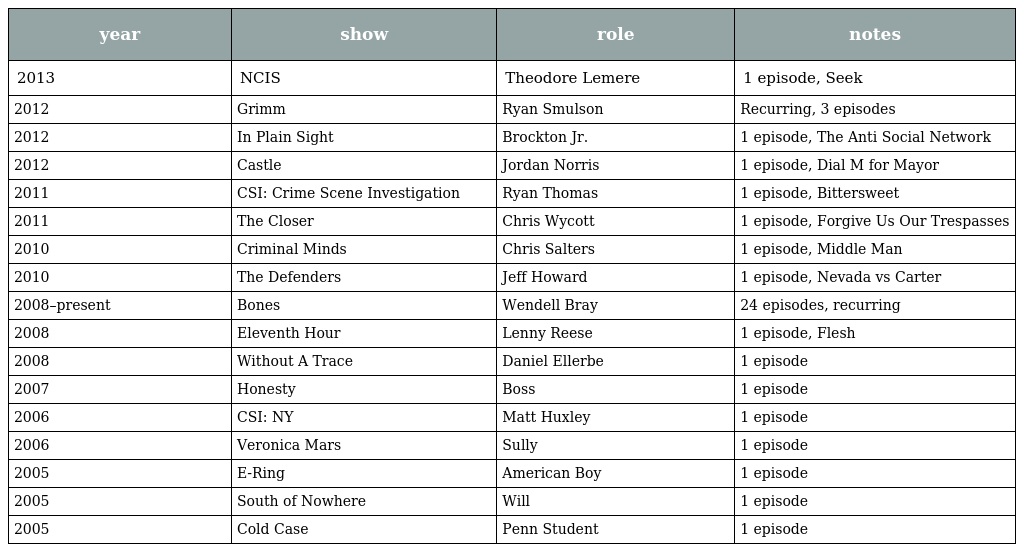
| year | show | role | notes |
 | --- | --- | --- | --- |
 | 2013 | NCIS | Theodore Lemere | 1 episode, Seek |
 | 2012 | Grimm | Ryan Smulson | Recurring, 3 episodes |
 | 2012 | In Plain Sight | Brockton Jr. | 1 episode, The Anti Social Network |
 | 2012 | Castle | Jordan Norris | 1 episode, Dial M for Mayor |
 | 2011 | CSI: Crime Scene Investigation | Ryan Thomas | 1 episode, Bittersweet |
 | 2011 | The Closer | Chris Wycott | 1 episode, Forgive Us Our Trespasses |
 | 2010 | Criminal Minds | Chris Salters | 1 episode, Middle Man |
 | 2010 | The Defenders | Jeff Howard | 1 episode, Nevada vs Carter |
 | 2008–present | Bones | Wendell Bray | 24 episodes, recurring |
 | 2008 | Eleventh Hour | Lenny Reese | 1 episode, Flesh |
 | 2008 | Without A Trace | Daniel Ellerbe | 1 episode |
 | 2007 | Honesty | Boss | 1 episode |
 | 2006 | CSI: NY | Matt Huxley | 1 episode |
 | 2006 | Veronica Mars | Sully | 1 episode |
 | 2005 | E-Ring | American Boy | 1 episode |
 | 2005 | South of Nowhere | Will | 1 episode |
 | 2005 | Cold Case | Penn Student | 1 episode |